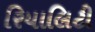
રિયાલિટી